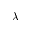
{ \lambda }